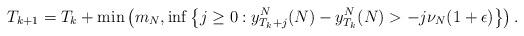
LaTeX: \begin{align*} T_{k+1} = T_k + \min\left( m_N, \inf\left\{j \geq 0 : y^N_{T_k + j}(N)-y^N_{T_k}(N) > -j\nu_N(1 + \epsilon) \right\} \right).\end{align*}